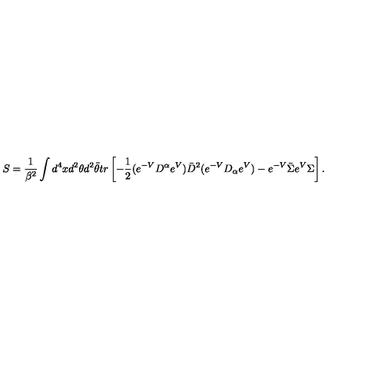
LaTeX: S = \frac { 1 } { \beta ^ { 2 } } \int d ^ { 4 } x d ^ { 2 } \theta d ^ { 2 } \bar { \theta } t r \left[ - \frac { 1 } { 2 } ( e ^ { - V } D ^ { \alpha } e ^ { V } ) \bar { D } ^ { 2 } ( e ^ { - V } D _ { \alpha } e ^ { V } ) - e ^ { - V } \bar { \Sigma } e ^ { V } \Sigma \right] .